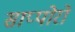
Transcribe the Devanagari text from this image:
साप्पोरो